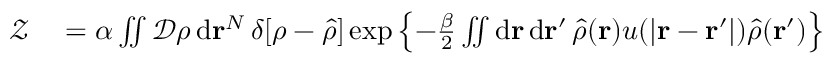
\begin{array} { r l } { \mathcal { Z } } & { { } = \alpha \iint \mathcal { D } \rho \, \mathrm { d } \mathbf { r } ^ { N } \, \delta [ \rho - \hat { \rho } ] \exp \left\{ - \frac { \beta } { 2 } \iint \mathrm { d } \mathbf { r } \, \mathrm { d } \mathbf { r } ^ { \prime } \, \hat { \rho } ( \mathbf { r } ) u ( \vert \mathbf { r } - \mathbf { r } ^ { \prime } \vert ) \hat { \rho } ( \mathbf { r } ^ { \prime } ) \right\} } \end{array}